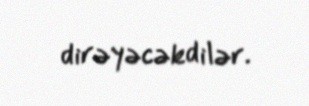
dirəyəcəkdilər.